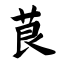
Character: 茛